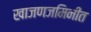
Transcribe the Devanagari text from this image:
खाजणजमिनीत